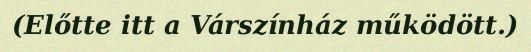
(Előtte itt a Várszínház működött.)